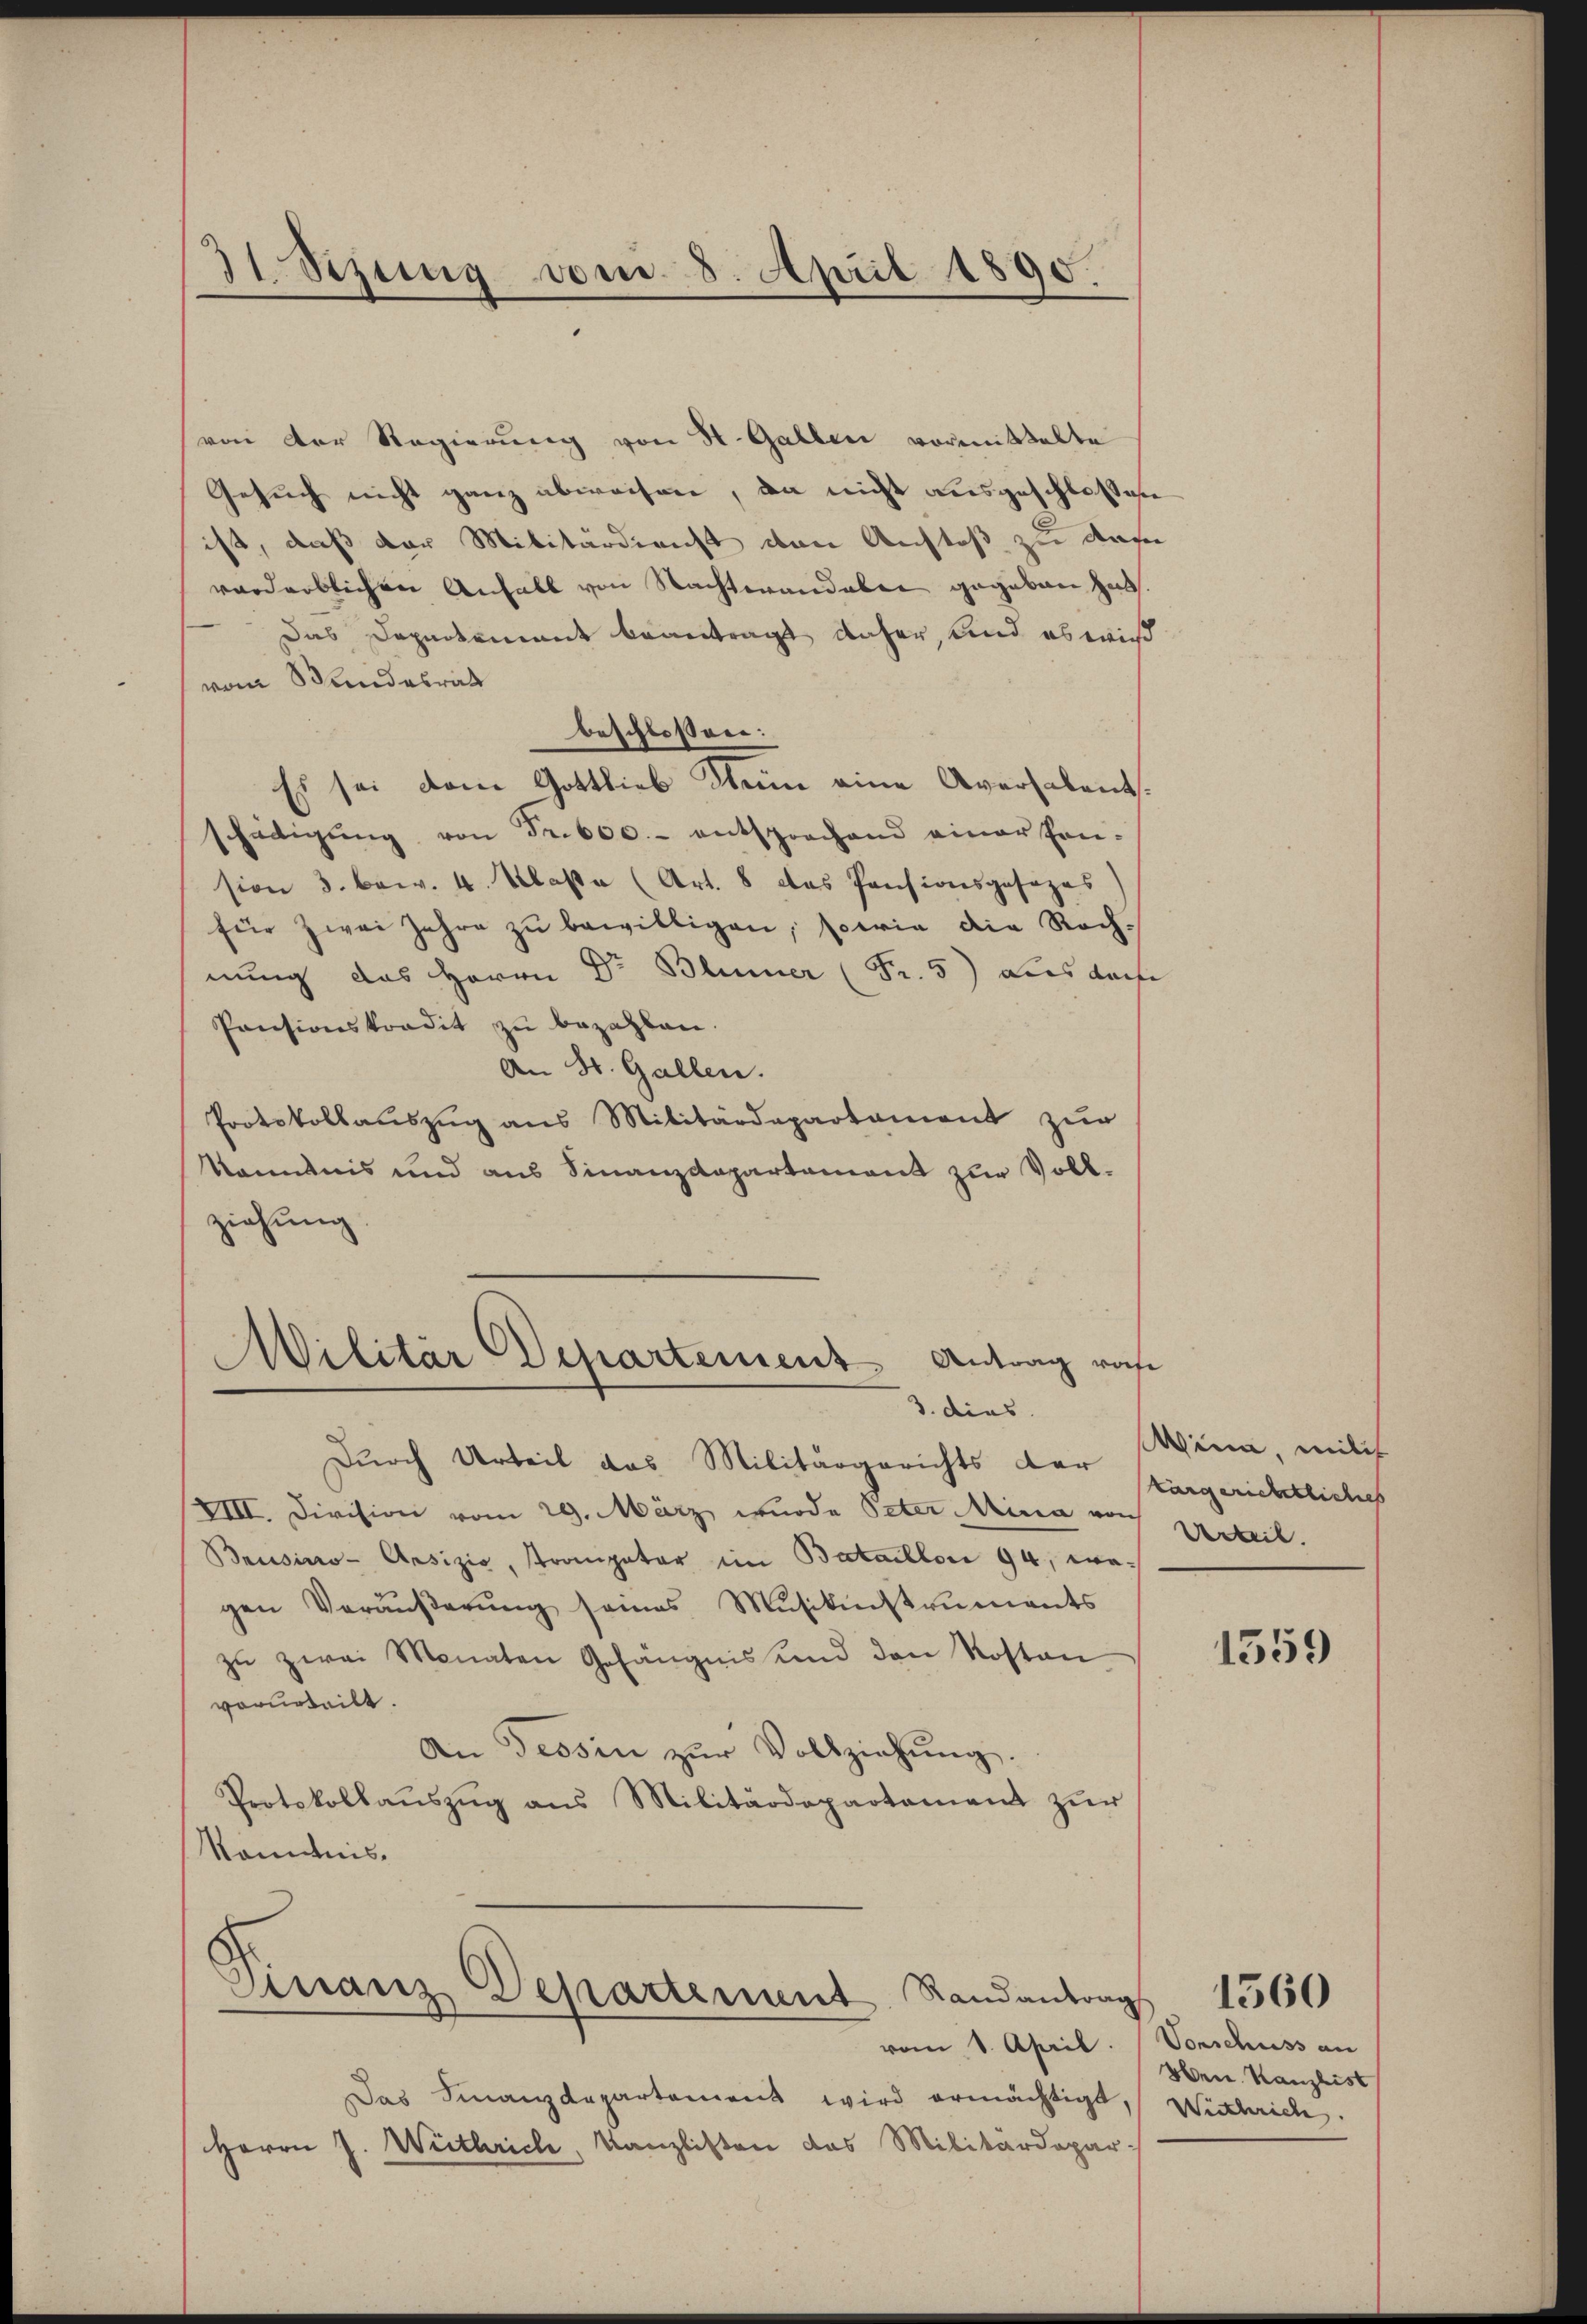
31 Sitzung vom 8. April 1890.

von der Regierung von H. Gallen vormittelte
Gesuch nicht ganz abweisen, da nicht ausgeschlossese
ist, daß der Militärdirecht von Anstoß zu dafü
vorderblichen Anfall von Nachterand aber gegeben hat.
Das Departement beantragt daher, und es wir
vom Wundesrat
beschlossen:
Es sei dem Gottlieb dem eine Aversalent.
schädigŭng von Fr. 600.- entsprochend einer han-
sion 3. bew. 4. Klaße (Art. 8 das Pensionsgesezes)
für zwei Jahre zŭ bewilligen, sowie die Rechnung das Herrn Dr Blümer (Fr. 5) dies dan
Pensionskondit zu bezahlen.
An St. Gallen.
Protokollauszug aus Militärdepartament zur
Kenntnis und aus Finanzdepartement zur Vollziehung.

Wilitär Departement Antrag ras
3. dies

Durch Urteil das Militärgerichts der argerichtliches
VIII. Division vom 29. März wurde Peter Mina von
Bausino-Arsizio, Trompeter im Bataillon 94, wogen Veräŭβerŭng seines Mŭsikinstruments
zŭ zwei Monaten Gefängnis und den Kosten
vorurteilt.
An Tessin zur Vollziehung.
Protokollaŭszŭg ans Militärdepartement zŭr
Kenntnis

Finanz Departement Randantrag
vom 1. April.

Das Finanzdepartament wird ermächtigt, Wisschrich.
Herrn J. Weithrich, Kanzlisten das Militardepar-

Wina, milch
Urteil.

1559

Vorschuss an
Hrn. Kanzlist

1560